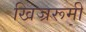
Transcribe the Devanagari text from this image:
खिज्ररूमी